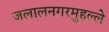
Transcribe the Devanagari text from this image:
जलालनगरमुहल्ले